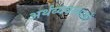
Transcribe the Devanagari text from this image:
अर्थव्यवस्थाआें